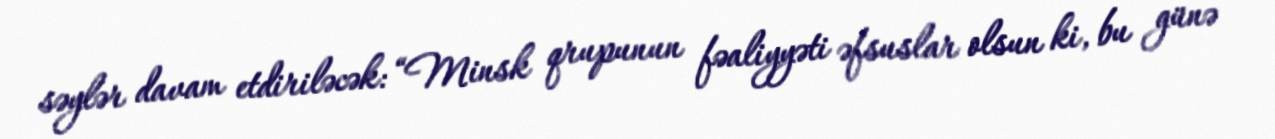
səylər davam etdiriləcək: “Minsk qrupunun fəaliyyəti əfsuslar olsun ki, bu günə